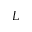
L